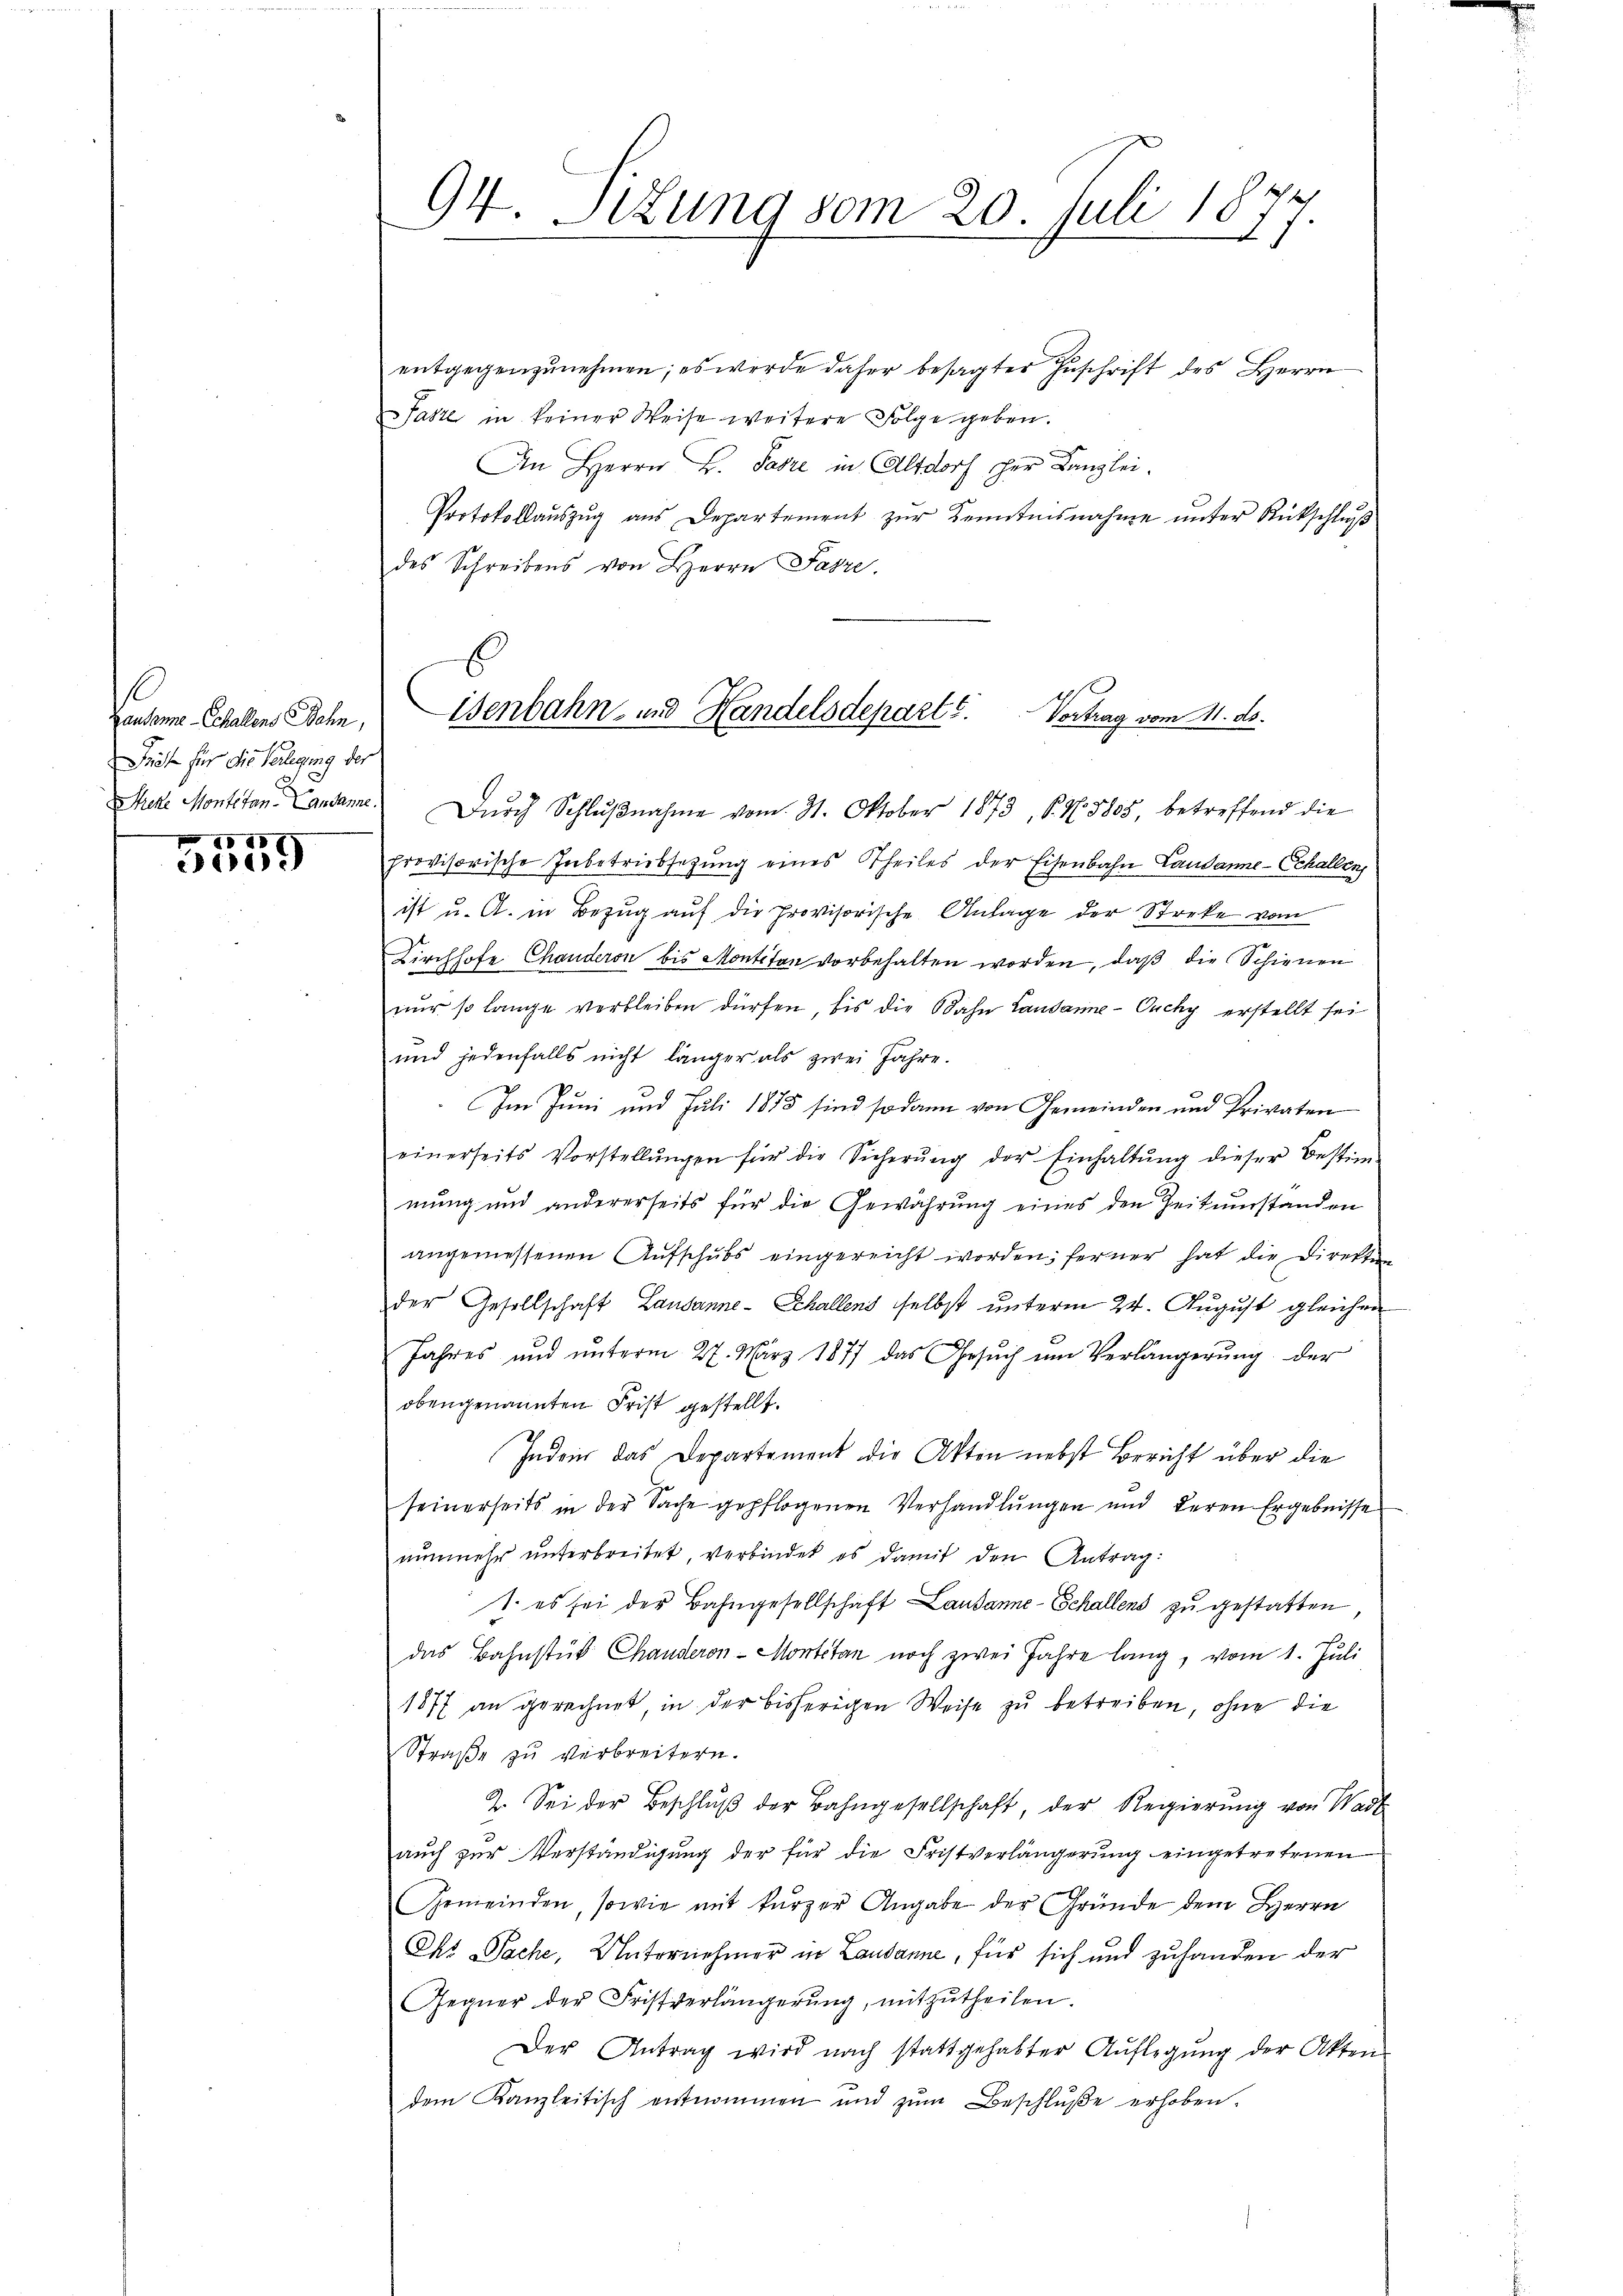
Kansame Schallens Bahn,
Früh für die Verlegung der

0 20 x
300

entgegenzŭnehmen; es werde daher besagter Zŭschrift des Herrn
Faste in keiner Weise weitere Folge geben.
An Herrn H. Pare in Altdorf der Kanzlei.
Protokollaŭszŭg ans Departement zŭr Kenntnisnahme ŭnter Rückschlŭβ
des Schreibens von Herrn Fasze
E

94. Sizung vom 20. Juli 18
g
2

isenbahn- und Handelsdepart. Vortrag vom 11. ds.

Sete Montitan. Landame Dŭrch Schlŭβnahme vom 31. Oktober 1873, S. N. 5805, betreffend die
provisorische Inbetriebsetzung eines Theiles der Eisenbahn Landanne-Schallen
ist u. A. in Bezug auf die Provisorische Anlage der Streke vom
Kirchhofe Chandern bis Montitan vorbehalten worden, daß die Schienen
nŭr so lange verbleiben dürfen, bis die Bahn Landamne- Ouchy erstellt sei
und jedenfalls nicht länger als zwei Jahre.
Im Juni und Juli 1875 sind sodann von Gemeinden und Privaten
einerseits Vorstellŭngen für die Sicherŭng der Einhaltŭng dieser Bestim-
mung und andererseits für die Gewährung eines den Zeitumstanden
angemessenen Aŭfschŭbs eingereicht worden; ferner hat die Direkten
der Gesellschaft Lausanne - Schallens selbst unterm 24. August gleichen
Jahres und unterm 27. März 1877 das Gesuch um Verlängerung der
obengenannten Frist gestellt.
Indeur das Departement die Atten nebst Bericht über die
seinerseits in der Sache gepflogenen Verhandlungen und deren Ergebnisse
nunmehr unterbreitet, verbindet es damit den Antrag:
1. es sei der Bahngesellschaft Lausanne-Schallens zu gestatten
das Bahnstük Chanderon-Montetan noch zwei Jahre lang, vom 1. Juli
1877 an gerechnet, in der bisherigen Weise zu betreiben, ohne die
Straße zu verbreitern.
2. Sei der Beschlŭβ der Bahngesellschaft, der Regierŭng von Wadt
auch zur Verständigung der für die Fristverlängerung eingetretenen
Gemeinden, sowie mit kurzer Angabe der Gründe dem Herrn
Cht Sache, Unternehmer in Lausanne, für sich und zuhanden der
Gegner der Fristverlängerung, mitzutheilen.
Der Antrag wird nach stattgehabter Aŭflegŭng der Akten
dem Kanzleitisch entnommen und zŭm Beschlŭβe erhoben.